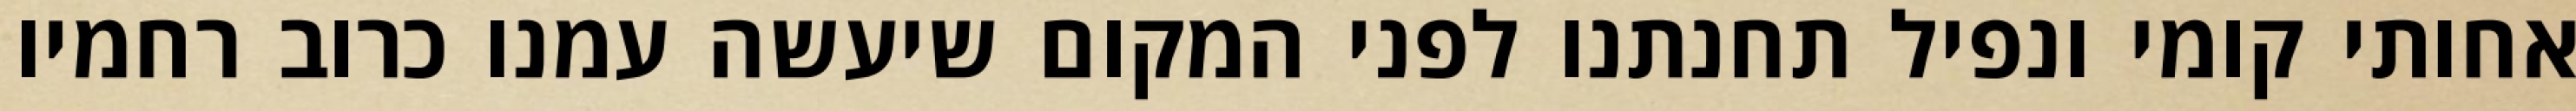
אחותי קומי ונפיל תחנתנו לפני המקום שיעשה עמנו כרוב רחמיו